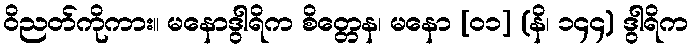
ဝိညတ်ကိုကား။ မနောဒွါရိက စိတ္တေန၊ မနော [၀၁] (နိ၊ ၁၄၄) ဒွါရိက